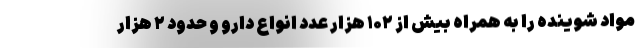
مواد شوینده را به همراه بیش از ۱۰۲ هزار عدد انواع دارو و حدود ۲ هزار